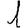
Digit: 1